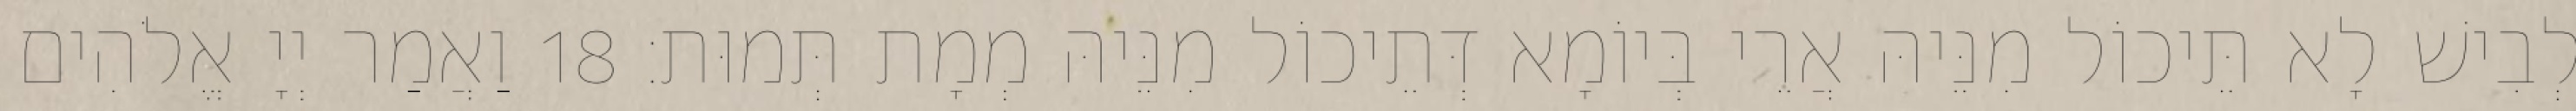
לְבִישׁ לָא תֵּיכוֹל מִנֵּיהּ אֲרֵי בְּיוֹמָא דְּתֵיכוֹל מִנֵּיהּ מְמָת תְּמוּת׃ 18 וַאֲמַר יְיָ אֱלֹהִים